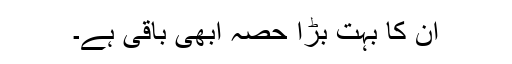
ان کا بہت بڑا حصہ ابھی باقی ہے۔